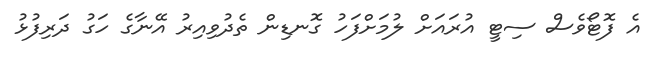
އެ ފޮޓޯވެސް ސިޓީ އުރައަށް ލުމަށްފަހު ގޮނޑިން ތެދުވިއިރު އޭނާގެ ހަގު ދަރިފުޅު